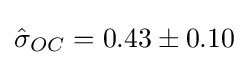
{\hat {\sigma }}_{OC}=0.43\pm 0.10